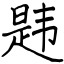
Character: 韪